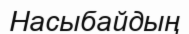
Насыбайдың